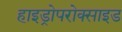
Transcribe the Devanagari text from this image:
हाइड्रोपरोक्साइड